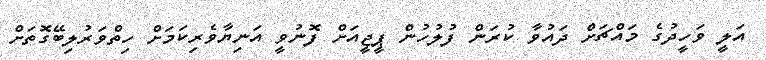
އަލީ ވަހީދުގެ މައްޗަށް ދައުވާ ކުރަން ފުލުހުން ޕީޖީއަށް ފޮނުވީ އަނިޔާވެރިކަމަށް ހިތްވަރުލިބޭގޮތަށް